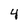
Character: 4